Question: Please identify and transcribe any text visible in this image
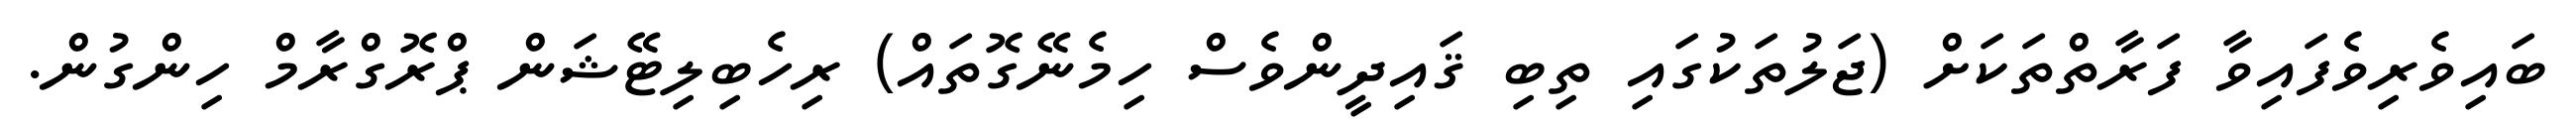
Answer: ބައިވެރިވެފައިވާ ފަރާތްތަކަށް (ޖަލުތަކުގައި ތިބި ޤައިދީންވެސް ހިމެނޭގޮތައް) ރިހެބިލިޓޭޝަން ޕްރޮގްރާމް ހިންގުން.